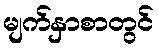
မျက်နှာစာတွင်